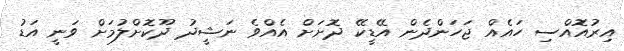
އިރުއޮއްސި ހައެއް ޖަހަންދެން އޭޑީކޭ ދޮށަށް އެއްވެ ނަޝީދު ދޫކޮށްލުމަށް ވަނީ އަޑު